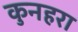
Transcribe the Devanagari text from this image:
कुनहरा